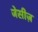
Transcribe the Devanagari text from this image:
जेसीज़